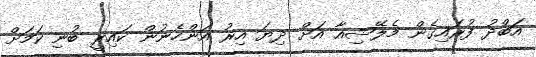
އަބްދު ފުރައިގެން މެލޭޝިއާ އަށް ދިޔަ އިރު އަންހެނުން ކައިރީ ބުނި ކަމަށް